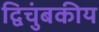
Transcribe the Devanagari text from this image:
द्विचुंबकीय